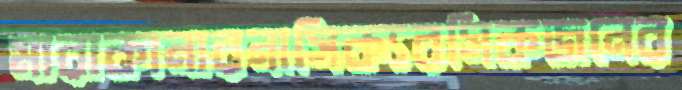
মারাকানারনাসিক্যরসিকজনের